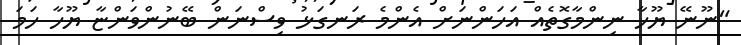
"ނޫނޭ ޔޫހާ ނިންމާގޮތެއް އަހަންނަށް އެންމެ ރަނގަޅު ވިސްނަން ބޭނުންވަންޏާ ޔޫހާ ހަމަ